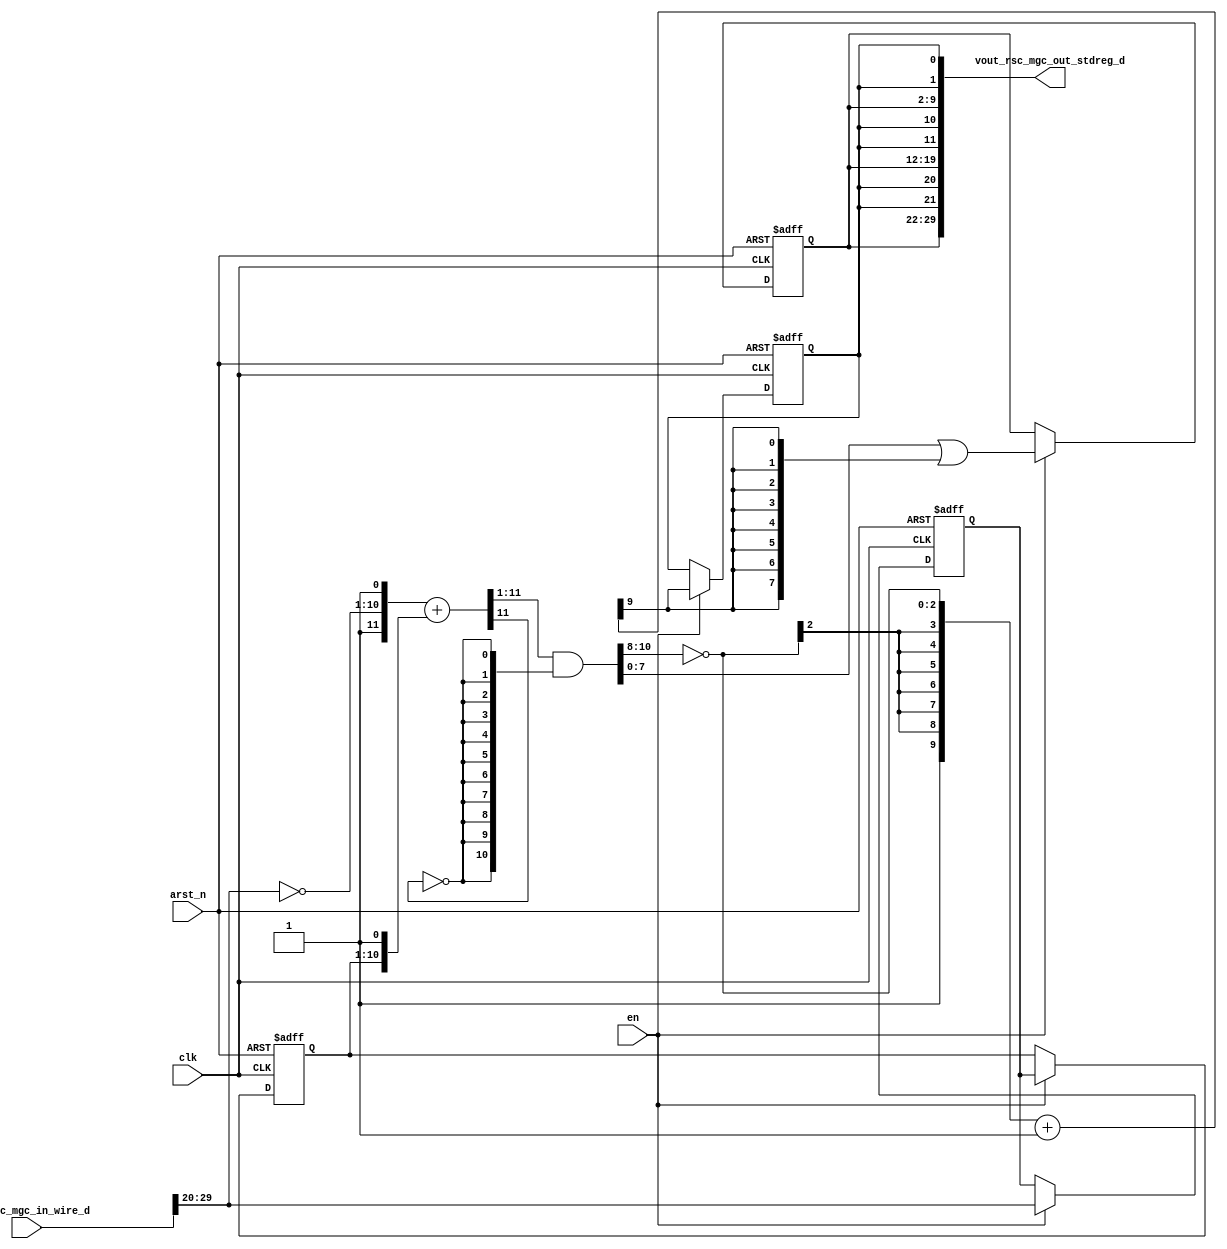
module edge_core (
  clk, en, arst_n, vin_rsc_mgc_in_wire_d, vout_rsc_mgc_out_stdreg_d
);
  input clk;
  input en;
  input arst_n;
  input [89:0] vin_rsc_mgc_in_wire_d;
  output [29:0] vout_rsc_mgc_out_stdreg_d;


  // Interconnect Declarations
  reg [9:0] regs_regs_1_sg1_sva;
  reg [9:0] ACC2_asn_itm;
  reg [7:0] reg_vout_rsc_mgc_out_stdreg_d_tmp;
  reg reg_vout_rsc_mgc_out_stdreg_d_3_cse;
  wire [10:0] red_4_sg1_lpi_1_dfm;
  wire [9:0] FRAME_if_1_acc_itm;
  wire [10:0] nl_FRAME_if_1_acc_itm;
  wire [11:0] ACC2_acc_5_itm;
  wire [12:0] nl_ACC2_acc_5_itm;


  // Interconnect Declarations for Component Instantiations 
  assign vout_rsc_mgc_out_stdreg_d = {reg_vout_rsc_mgc_out_stdreg_d_tmp , ({{1{reg_vout_rsc_mgc_out_stdreg_d_3_cse}},
      reg_vout_rsc_mgc_out_stdreg_d_3_cse}) , reg_vout_rsc_mgc_out_stdreg_d_tmp ,
      ({{1{reg_vout_rsc_mgc_out_stdreg_d_3_cse}}, reg_vout_rsc_mgc_out_stdreg_d_3_cse})
      , reg_vout_rsc_mgc_out_stdreg_d_tmp , ({{1{reg_vout_rsc_mgc_out_stdreg_d_3_cse}},
      reg_vout_rsc_mgc_out_stdreg_d_3_cse})};
  assign nl_FRAME_if_1_acc_itm = ({1'b1 , (signext_9_3(~ (red_4_sg1_lpi_1_dfm[10:8])))})
      + 10'b1;
  assign FRAME_if_1_acc_itm = nl_FRAME_if_1_acc_itm[9:0];
  assign red_4_sg1_lpi_1_dfm = (ACC2_acc_5_itm[11:1]) & (signext_11_1(~ (ACC2_acc_5_itm[11])));
  assign nl_ACC2_acc_5_itm = ({1'b1 , (~ (vin_rsc_mgc_in_wire_d[29:20])) , 1'b1})
      + conv_u2s_11_12({ACC2_asn_itm , 1'b1});
  assign ACC2_acc_5_itm = nl_ACC2_acc_5_itm[11:0];
  always @(posedge clk or negedge arst_n) begin
    if ( ~ arst_n ) begin
      reg_vout_rsc_mgc_out_stdreg_d_3_cse <= 1'b0;
      ACC2_asn_itm <= 10'b0;
      regs_regs_1_sg1_sva <= 10'b0;
      reg_vout_rsc_mgc_out_stdreg_d_tmp <= 8'b0;
    end
    else begin
      if ( en ) begin
        reg_vout_rsc_mgc_out_stdreg_d_3_cse <= FRAME_if_1_acc_itm[9];
        ACC2_asn_itm <= regs_regs_1_sg1_sva;
        regs_regs_1_sg1_sva <= vin_rsc_mgc_in_wire_d[29:20];
        reg_vout_rsc_mgc_out_stdreg_d_tmp <= (red_4_sg1_lpi_1_dfm[7:0]) | (signext_8_1(FRAME_if_1_acc_itm[9]));
      end
    end
  end

  function [8:0] signext_9_3;
    input [2:0] vector;
  begin
    signext_9_3= {{6{vector[2]}}, vector};
  end
  endfunction


  function [10:0] signext_11_1;
    input [0:0] vector;
  begin
    signext_11_1= {{10{vector[0]}}, vector};
  end
  endfunction


  function [7:0] signext_8_1;
    input [0:0] vector;
  begin
    signext_8_1= {{7{vector[0]}}, vector};
  end
  endfunction


  function signed [11:0] conv_u2s_11_12 ;
    input [10:0]  vector ;
  begin
    conv_u2s_11_12 = {1'b0, vector};
  end
  endfunction

endmodule
module edge_0 (
  vin_rsc_z, vout_rsc_z, clk, en, arst_n
);
  input [89:0] vin_rsc_z;
  output [29:0] vout_rsc_z;
  input clk;
  input en;
  input arst_n;


  // Interconnect Declarations
  wire [89:0] vin_rsc_mgc_in_wire_d;
  wire [29:0] vout_rsc_mgc_out_stdreg_d;


  // Interconnect Declarations for Component Instantiations 
  mgc_in_wire #(.rscid(1),
  .width(90)) vin_rsc_mgc_in_wire (
      .d(vin_rsc_mgc_in_wire_d),
      .z(vin_rsc_z)
    );
  mgc_out_stdreg #(.rscid(2),
  .width(30)) vout_rsc_mgc_out_stdreg (
      .d(vout_rsc_mgc_out_stdreg_d),
      .z(vout_rsc_z)
    );
  edge_core edge_core_inst (
      .clk(clk),
      .en(en),
      .arst_n(arst_n),
      .vin_rsc_mgc_in_wire_d(vin_rsc_mgc_in_wire_d),
      .vout_rsc_mgc_out_stdreg_d(vout_rsc_mgc_out_stdreg_d)
    );
endmodule